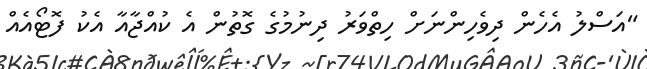
"އަސްލު އެހެން ދިވެހިންނަށް ހިތްވަރު ދިނުމުގެ ގޮތުން އެ ކުއްޖާއާ އެކު ފޮޓޯއެއް